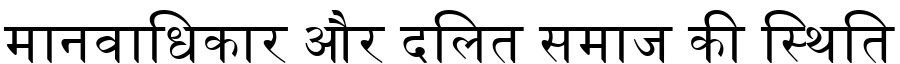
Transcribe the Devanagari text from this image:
मानवाधिकार और दलित समाज की स्थिति